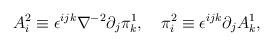
LaTeX: \begin{align*}A_i^{2} \equiv \epsilon^{ijk}\nabla ^{-2}\partial_j \pi_k^{1}, \quad \pi_i^2 \equiv \epsilon^{ijk}\partial_j A_k^{1},\end{align*}